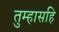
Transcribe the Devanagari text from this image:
तुम्हासहि